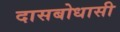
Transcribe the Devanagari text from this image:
दासबोधासी